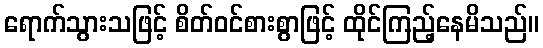
ရောက်သွားသဖြင့် စိတ်ဝင်စားစွာဖြင့် ထိုင်ကြည့်နေမိသည်။